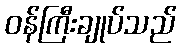
ဝန်ကြီးချုပ်သည်